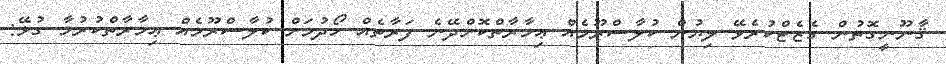
ޤާނޫނީގޮތުން ގެޒެޓްކުރެވޭ ލިޔުން ކުލާސްރޫމެއް ޢިމާރާތްކޮށްދޭނެ ފަރާތެއް ހޯދުމަށް ކުލާސްރޫމެއް ޢިމާރާތްކުރުމާ ގުޅޭ: